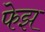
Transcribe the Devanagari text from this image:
फेझ